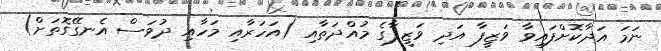
ނަމަ އަދާކޮށްފައިވާ ވަޒީފާ އަދި ވަޒީފާގެ މުއްދަތާއި (އަހަރާއި މަހާއި ދުވަސް އެނގޭގޮތަށް)